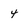
Character: 4